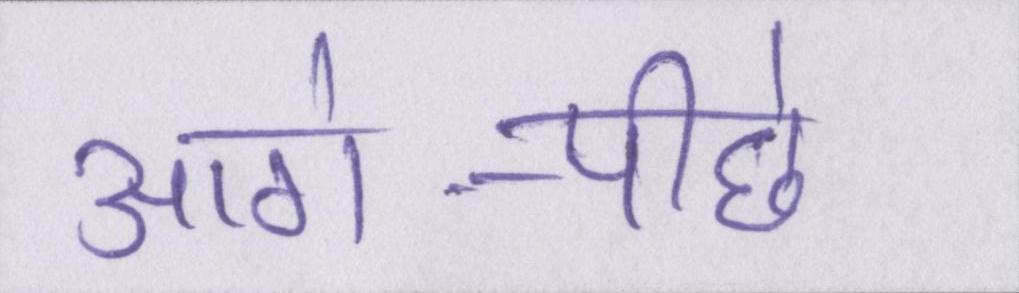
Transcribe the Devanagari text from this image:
आगे-पीछे